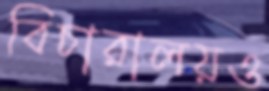
বিচারালয়ও